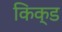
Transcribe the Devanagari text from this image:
किक्ड